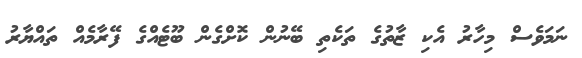
ނަމަވެސް މިހާރު އެކި ޒާތުގެ ތަކެތި ބޭނުން ކޮށްގެން ބޫޓެއްގެ ފޭރާމެއް ތައްޔާރު